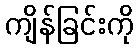
ကျိန်ခြင်းကို